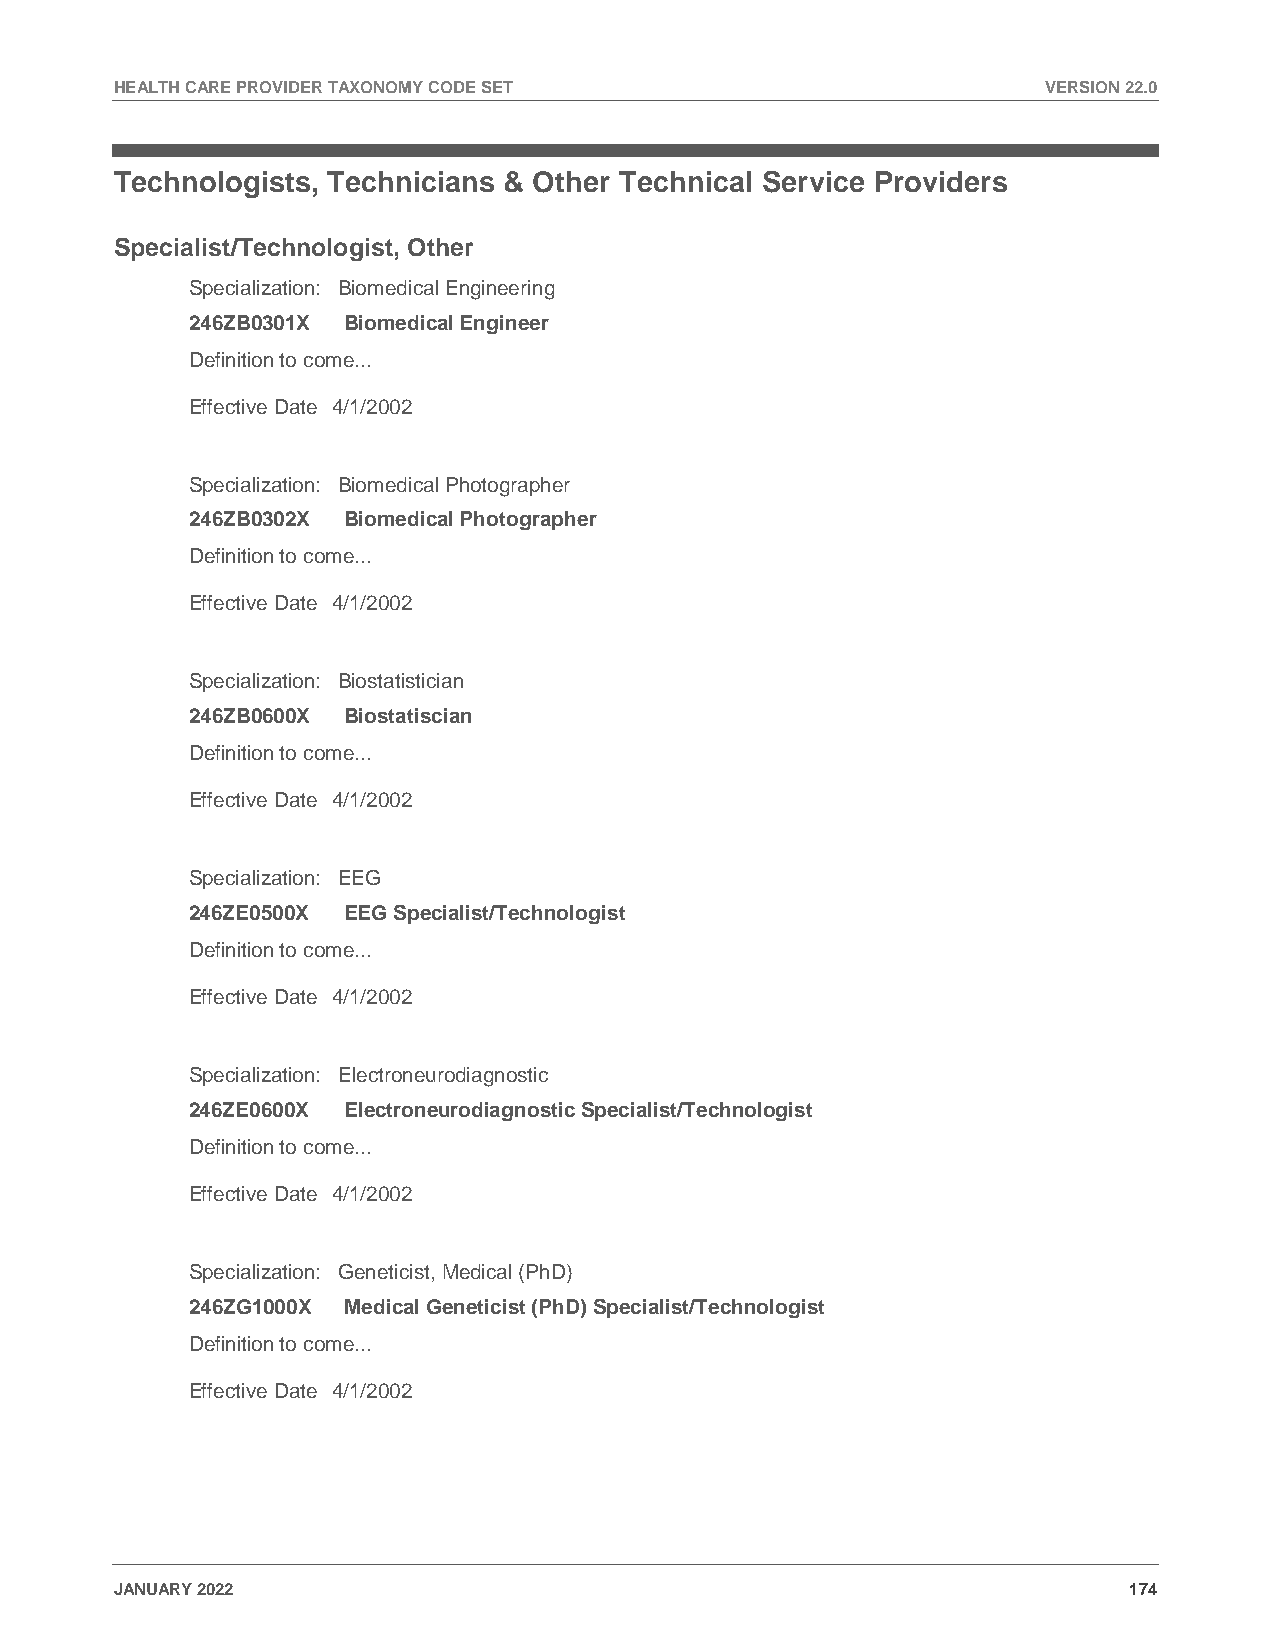
HEALTH CARE PROVIDER TAXONOMY CODE SET                       VERSION 22.0
 Technologists, Technicians & Other Technical Service Providers
 Specialist/Technologist, Other
 Specialization: Biomedical Engineering
 246ZB0301X Biomedical Engineer
 Definition to come...
 Effective Date 4/1/2002
 Specialization: Biomedical Photographer
 246ZB0302X Biomedical Photographer
 Definition to come...
 Effective Date 4/1/2002
 Specialization: Biostatistician
 246ZB0600X Biostatiscian
 Definition to come...
 Effective Date 4/1/2002
 Specialization: EEG
 246ZE0500X EEG Specialist/Technologist
 Definition to come...
 Effective Date 4/1/2002
 Specialization: Electroneurodiagnostic
 246ZE0600X Electroneurodiagnostic Specialist/Technologist
 Definition to come...
 Effective Date 4/1/2002
 Specialization: Geneticist, Medical (PhD)
 246ZG1000X Medical Geneticist (PhD) Specialist/Technologist
 Definition to come...
 Effective Date 4/1/2002
 JANUARY 2022                                                       174